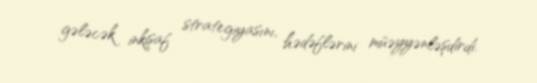
gələcək inkişaf strategiyasını, hədəflərini müəyyənləşdirdi.